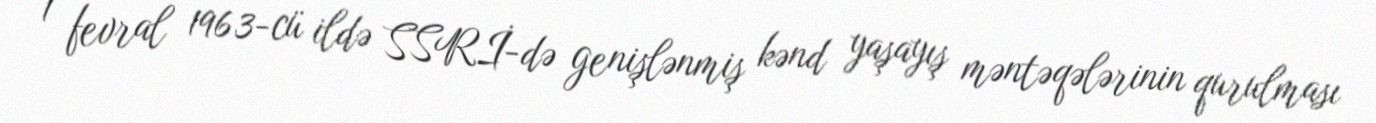
1 fevral 1963-cü ildə SSRİ-də genişlənmiş kənd yaşayış məntəqələrinin qurulması